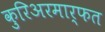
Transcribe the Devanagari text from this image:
कुरिअरमार्फत